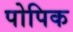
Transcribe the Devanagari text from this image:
पोपिक